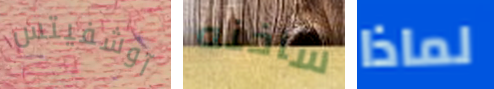
آوشفيتس ساخنه لماذا